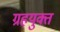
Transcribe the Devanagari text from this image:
ग्रहयुक्त